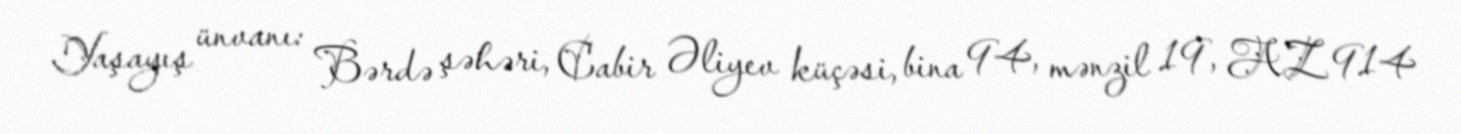
Yaşayış ünvanı: Bərdə şəhəri, Cabir Əliyev küçəsi, bina 94, mənzil 19, AZ 914